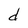
Character: d